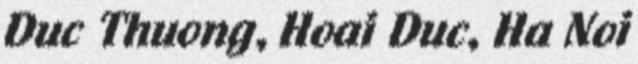
Duc Thuong, Hoai Duc, Ha Noi